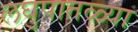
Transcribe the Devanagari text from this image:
लघुपातळ्या